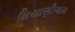
મિયાણીગામ